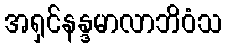
အရှင်နန္ဒမာလာဘိဝံသ